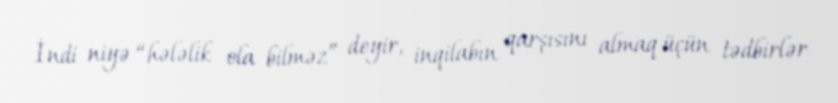
İndi niyə “hələlik ola bilməz” deyir, inqilabın qarşısını almaq üçün tədbirlər